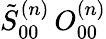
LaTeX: \tilde{S}_{00}^{(n)}\, O_{00}^{(n)}